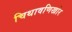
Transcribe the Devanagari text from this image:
चिथावणिखोर